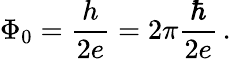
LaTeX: \Phi_{0}={\frac{h}{2e}}=2\pi{\frac{\hbar}{2e}}\, .